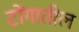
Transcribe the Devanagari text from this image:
टोंगातील